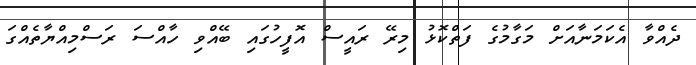
ދެއްވާ އެކަމަނާއަށް މަގާމުގެ ފަތްކޮޅު މިރޭ ރައީސް އޮފީހުގައި ބޭއްވި ހާއްސަ ރަސްމިއްޔާތެއްގަ